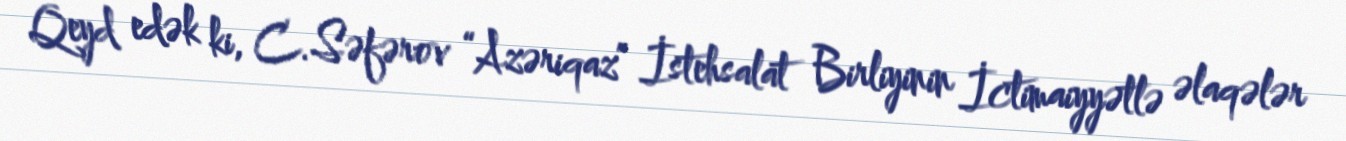
Qeyd edək ki, C.Səfərov “Azəriqaz” İstehsalat Birliyinin İctimaiyyətlə əlaqələr